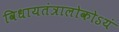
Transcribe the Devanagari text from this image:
विधायतंत्रालोकोऽयं